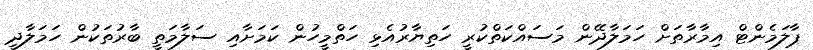
ޕާލަމެންޓް އިމާރާތަށް ހަމަލާދޭން މަސައްކަތްކުރީ ހަތިޔާރުއެޅި ހަތްމީހުން ކަމަށާއި ސަލާމަތީ ބާރުތަކުން ހަމަލާދީ